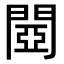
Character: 閸